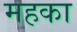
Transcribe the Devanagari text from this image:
महका